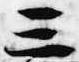
三